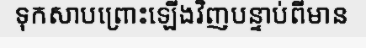
ទុកសាបព្រោះឡើងវិញបន្ទាប់ពីមាន